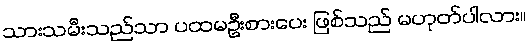
သားသမီးသည်သာ ပထမဦးစားပေး ဖြစ်သည် မဟုတ်ပါလား။